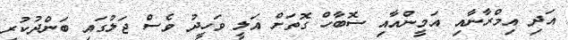
އަދި އިމްރާނާއި އަމީންއާއި ސޮބާހް ގޮތަށް އަލީ ވަހީދު ވެސް ޖަލުގައި ބަންދުކުރި